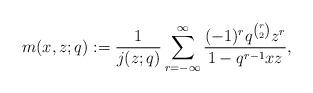
LaTeX: \begin{align*}m(x,z;q):=\frac{1}{j(z;q)}\sum_{r=-\infty}^{\infty}\frac{(-1)^rq^{\binom{r}{2}}z^r}{1-q^{r-1}xz},\end{align*}